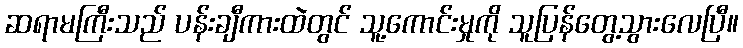
ဆရာမကြီးသည် ပန်းချီကားထဲတွင် သူ့ကောင်းမှုကို သူပြန်တွေ့သွားလေပြီ။